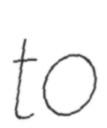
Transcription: to